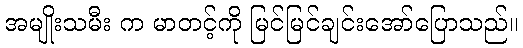
အမျိုးသမီး က မာတင့်ကို မြင်မြင်ချင်းအော်ပြောသည်။